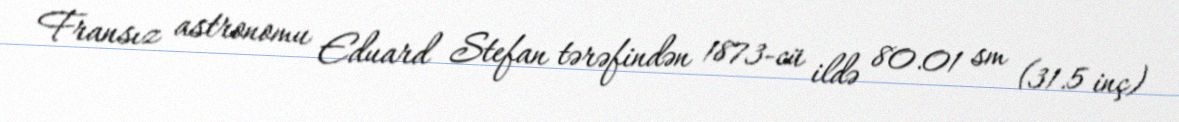
Fransız astronomu Eduard Stefan tərəfindən 1873-cü ildə 80.01 sm (31.5 inç)